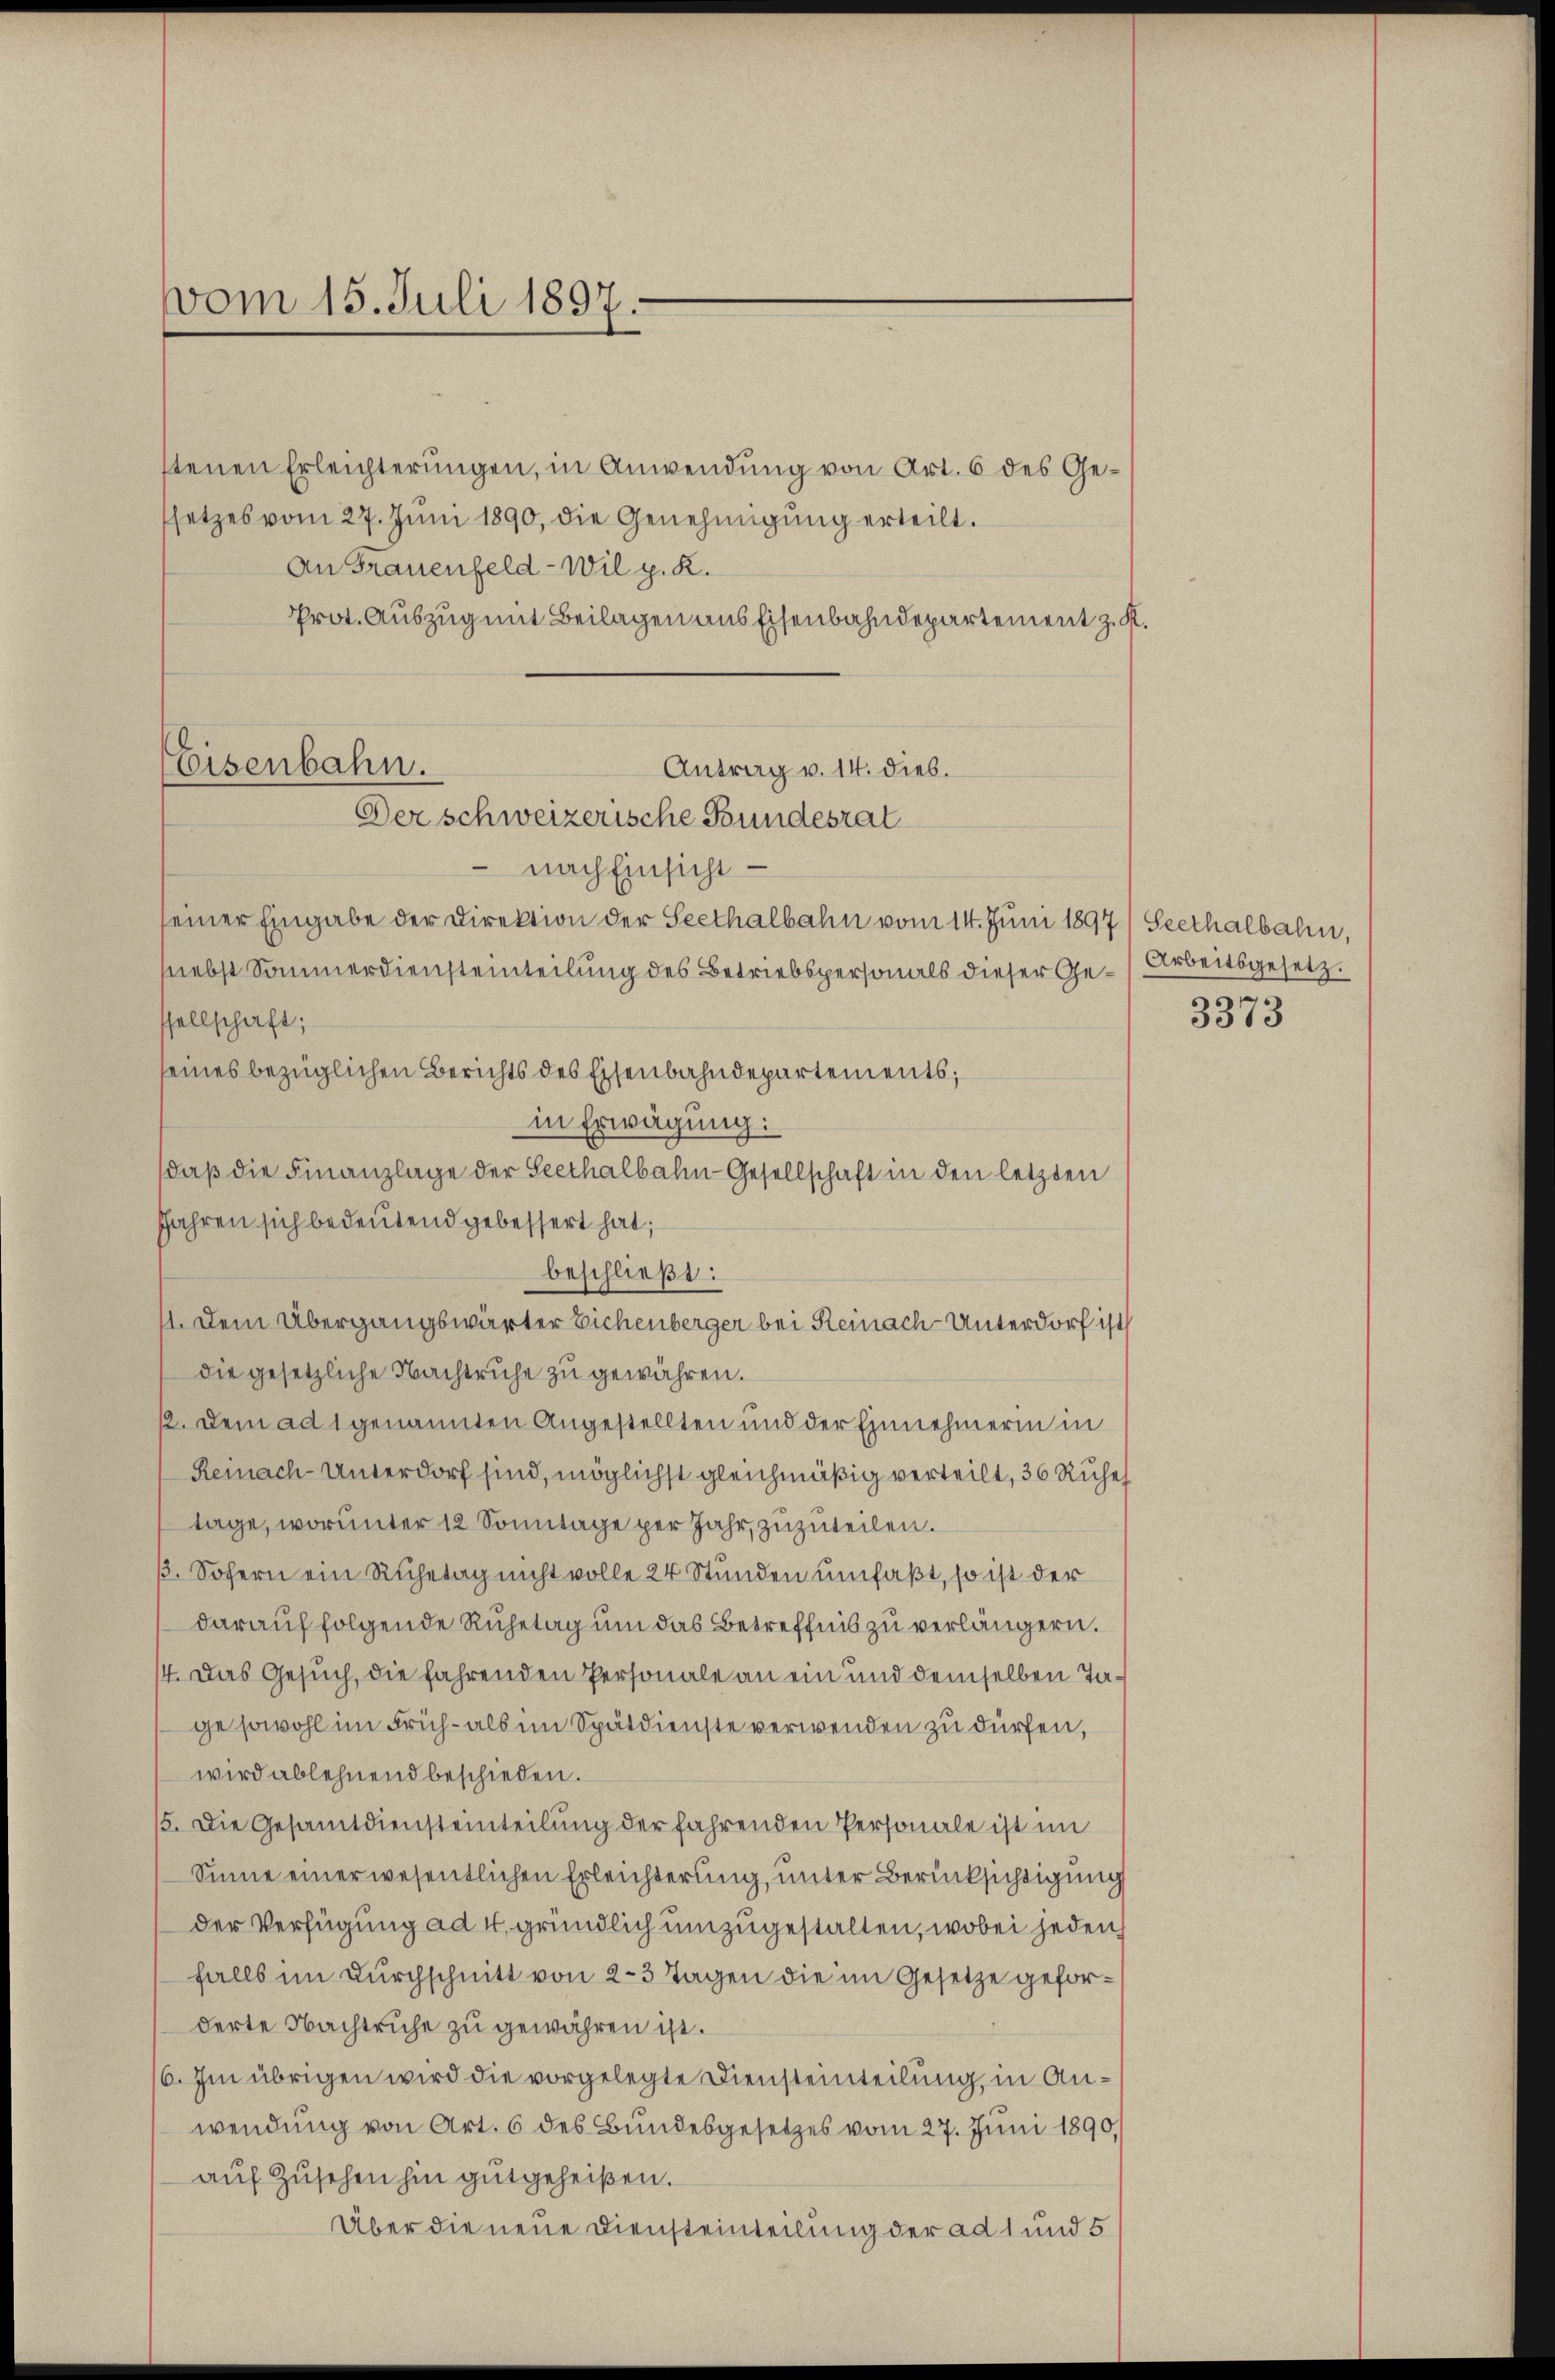
vom 15. Juli 1897.

stenen Erleichterungen, in Anwendung von Art. 6 des Gesetzes vom 27. Jŭni 1890, die Genehmigŭng erteilt.
An Frauenfeld-Wil p. K.
Prot. Auszug mit Beilagen aus Eisenbahndepartement z. K.

Antrag v. 14. dies.
Eisenbahn.
Der schweizerische Bundesrat

nach Einsicht
seiner Eingabe der Direktion der Seethalbahn vom 14. Juni 1897/ Seethalbahn,
nebst Sammerdiensteinteilung des Betriebspersonals dieser Ge-Arbeitsgesetz
ssellschaft;
seines bezüglichen Berichts des Eisenbahndepartements;
in Erwägung:
daβ die Finanzlage der Seethalbahn-Gesellschaft in den letzten
Jahren sich bedeutend gebessert hat;
beschließt:
1. Dem Übergangswärter Eichenberger bei Reinach-Unterdorf ist
die gesetzliche Nachtruhe zu gewähren.
12. Dem ad 1 genannten Angestellten und der Einnehmerin in
Reinach-Unterdorf sind, möglichst gleichmäßig verteilt, 36 Ruhe
tage, worunter 12 Sonntage per Jahr, zuzuteilen.
ß. Sofern ein Ruhetag nicht volle 24 Stunden umfaßt, so ist der
darauf folgende Ruhetag um das Betreffnis zu verlängern.
4. Das Gesuch, die fahrenden Personale an ein und demselben Tage sowohl im Früh- als im Spätdienste verwenden zu dürfen,
wird ablehnend beschieden.
5. Die Gesamtdiensteinteilung der fahrenden Personale ist im
Sinne einer wesentlichen Erleichterung, unter Berücksichtigung
der Verfügung ad 4. gründlich umzugestalten, wobei jeden
falls im Durchschnitt von 2-3 Tagen die im Gesetze geforderte Nachtruhe zu gewähren ist.
6. Im übrigen wird die vorgelegte Diensteinteilung, in Anwendung von Art. 6 des Bundesgesetzes vom 27. Juni 1890.
aŭf Zŭsehen hin gutgeheißen.
Über die neue Diensteinteilung der ad 1 und 5

3373